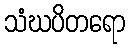
သံဃပိတရော